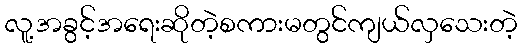
လူ့အခွင့်အရေးဆိုတဲ့စကားမတွင်ကျယ်လှသေးတဲ့